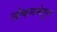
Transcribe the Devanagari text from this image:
लोकसभेतून